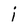
Character: i